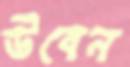
উবেন